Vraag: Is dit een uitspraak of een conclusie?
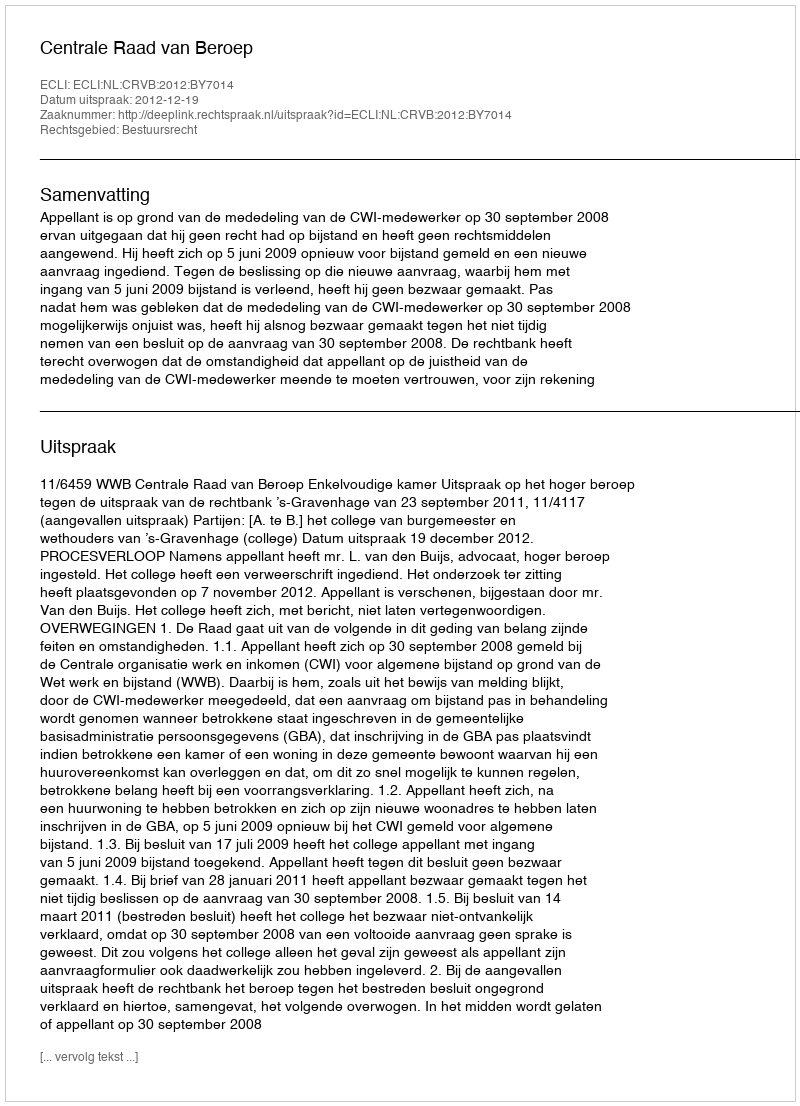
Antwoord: Uitspraak